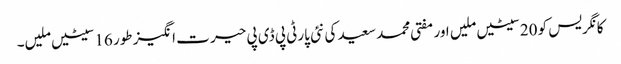
کانگریس کو 20سیٹیں ملیں اور مفتی محمد سعید کی نئی پارٹی پی ڈی پی حیر ت انگیز طور 16سیٹیں ملیں۔